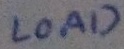
Text: LOAD